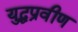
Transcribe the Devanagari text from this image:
युद्धप्रवीण